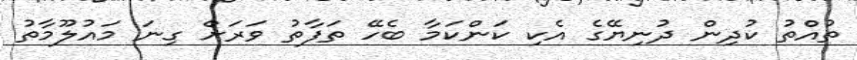
ތުއްތު ކުދިން ދުނިޔޭގެ އެކި ކަންކަމާ ބެހޭ ތަފާތު ވަރަށް ގިނަ މައުލޫމާތު